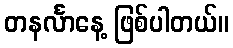
တနင်္လာနေ့ ဖြစ်ပါတယ်။